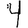
Digit: 4